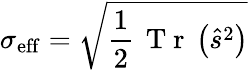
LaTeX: \sigma_{\mathrm{eff}}=\sqrt{\frac{1}{2}\, \mathrm{~T~r~}\left(\hat{s}^{2}\right)}